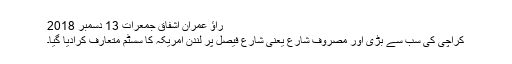
راﺅ عمران اشفاق جمعرات 13 دسمبر 2018
کراچی کی سب سے بڑی اور مصروف شارع یعنی شارع فیصل پر لندن امریکہ کا سسٹم متعارف کرادیا گیا۔